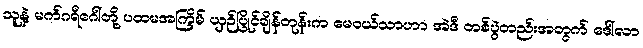
သူနဲ့ မက်ဂရီဂေါ်တို့ ပထမအကြိမ် ယှဉ်ပြိုင်ချိန်တုန်းက မေဝယ်သာဟာ အဲဒီ တစ်ပွဲတည်းအတွက် ဒေါ်လာ